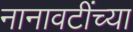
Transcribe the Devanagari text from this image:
नानावटींच्या